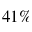
4 1 \%